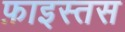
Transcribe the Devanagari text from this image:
फ़ाइस्तस